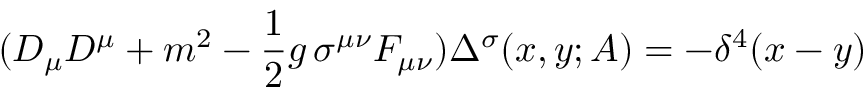
( D _ { \mu } D ^ { \mu } + m ^ { 2 } - { \frac { 1 } { 2 } } g \, \sigma ^ { \mu \nu } F _ { \mu \nu } ) \Delta ^ { \sigma } ( x , y ; A ) = - \delta ^ { 4 } ( x - y )